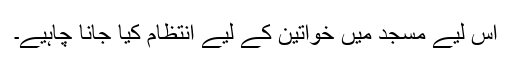
اس لیے مسجد میں خواتین کے لیے انتظام کیا جانا چاہیے۔